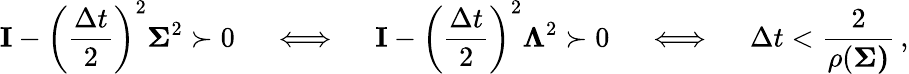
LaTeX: \mathbf I-\left(\frac{\Delta t}{2}\right)^{2}\mathbf{\Sigma}^{2}\succ 0\quad\iff\quad\mathbf I-\left(\frac{\Delta t}{2}\right)^{2}\mathbf{\Lambda}^{2}\succ 0\quad\iff\quad\Delta t<\frac{2}{\rho(\mathbf{\Sigma)}}\, ,